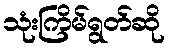
သုံးကြိမ်ရွတ်ဆို